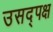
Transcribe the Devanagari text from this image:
उसद्पक्ष